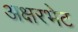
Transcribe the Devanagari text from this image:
अक्षरभेट